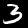
Label: 3